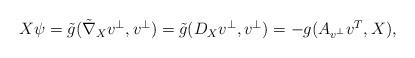
LaTeX: \begin{align*}\begin{aligned} X\psi&=\tilde g(\tilde \nabla_X v^\perp,v^\perp)=\tilde g(D_X v^\perp,v^\perp)=-g(A_{v^\perp}v^T,X),\end{aligned}\end{align*}